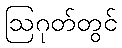
ဩဂုတ်တွင်